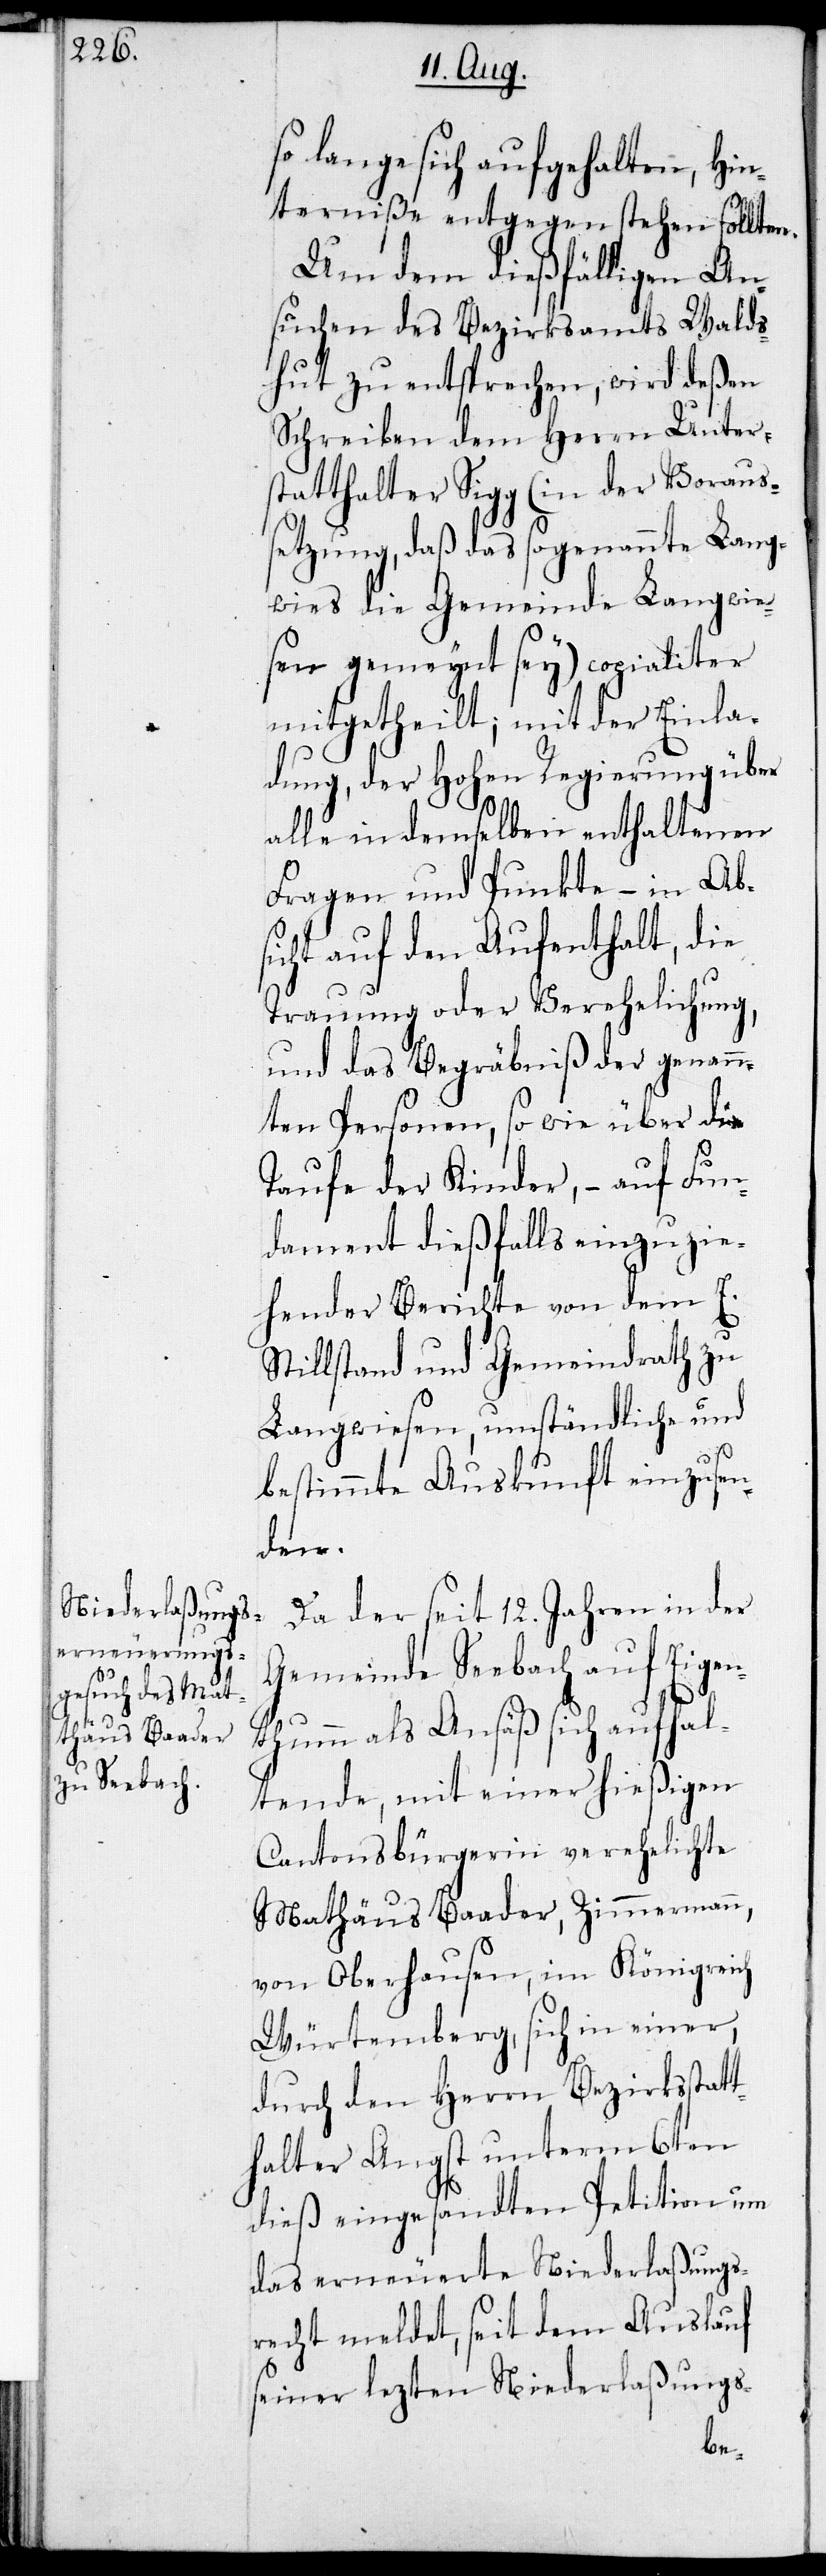
so lange sich aufgehalten, Hin¬
terniße entgegen stehen sollten.
Um dem dießfälligen An¬
suchen des Bezirksamts Walds¬
hut zu entsprechen, wird deßen
Schreiben dem Herrn Unter¬
statthalter Sigg (in der Voraus¬
setzung, daß das sogenannte Lang¬
wies die Gemeinde Langwie¬
sen gemeynt sey) copialiter
mitgetheilt; mit der Einla¬
dung, der Hohen Regierung über
alle in demselben enthaltenen
Fragen und Punkte – in Ab¬
sicht auf den Aufenthalt, die
Trauung oder Verehelichung,
und das Begräbniß der genann¬
ten Personen, so wie über die
Taufe der Kinder, – auf Fun¬
dament dießfalls einzuzie¬
hender Berichte von dem E.
Stillstand und Gemeindrath zu
Langwiesen, umständliche und
bestimmte Auskunft einzusen¬
den.
Da der seit 12. Jahren in der
Gemeinde Seebach auf Eigen¬
thumm als Anäß sich aufhal¬
tende, mit einer hießigen
Cantonsbürgerin verehelichte
Mathäus Baader, Zimmermann
von Oberhausen, im Königreich
Würtemberg, sich in einer,
durch den Herrn Bezirksstatt¬
halter Angst unterm 6ten
dieß eingesandten Petition um
das erneuerte Niederlaßungs¬
recht meldet, seit dem Auslauf
seiner lezten Niederlaßungs-